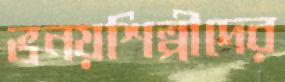
ভনয়শিল্পীদের